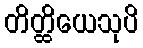
တိတ္ထိယေသုပိ